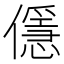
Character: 㒚